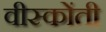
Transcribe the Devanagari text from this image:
वीस्कोंती